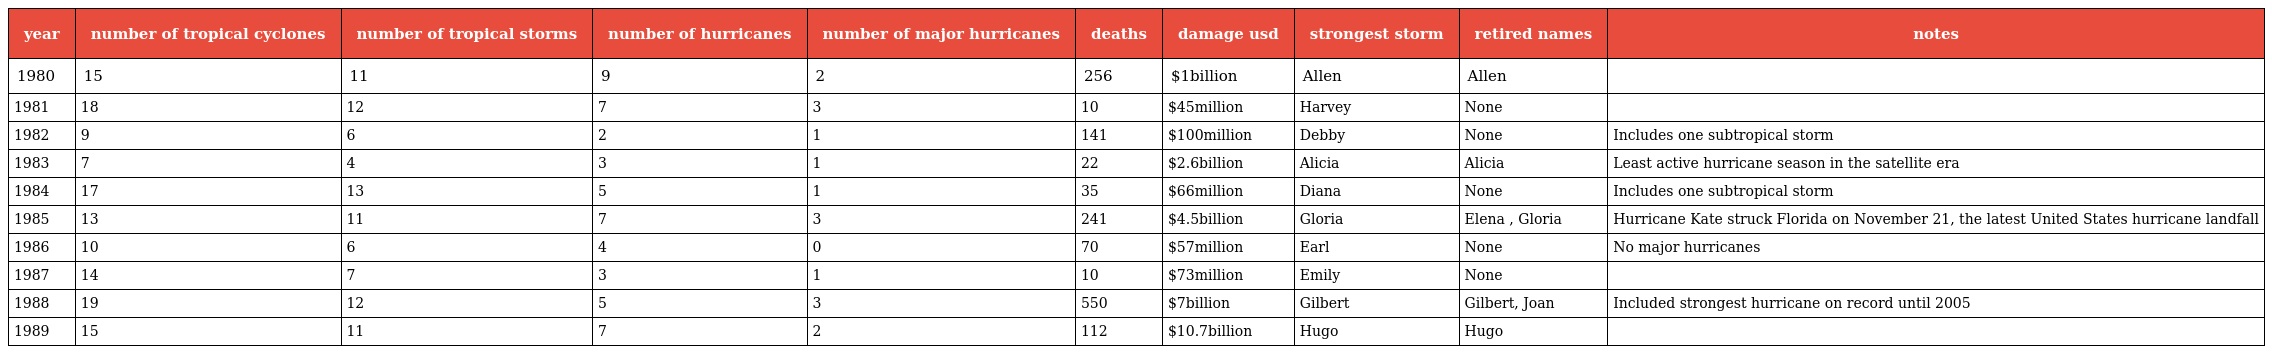
| year | number of tropical cyclones | number of tropical storms | number of hurricanes | number of major hurricanes | deaths | damage usd | strongest storm | retired names | notes |
 | --- | --- | --- | --- | --- | --- | --- | --- | --- | --- |
 | 1980 | 15 | 11 | 9 | 2 | 256 | $1billion | Allen | Allen |  |
 | 1981 | 18 | 12 | 7 | 3 | 10 | $45million | Harvey | None |  |
 | 1982 | 9 | 6 | 2 | 1 | 141 | $100million | Debby | None | Includes one subtropical storm |
 | 1983 | 7 | 4 | 3 | 1 | 22 | $2.6billion | Alicia | Alicia | Least active hurricane season in the satellite era |
 | 1984 | 17 | 13 | 5 | 1 | 35 | $66million | Diana | None | Includes one subtropical storm |
 | 1985 | 13 | 11 | 7 | 3 | 241 | $4.5billion | Gloria | Elena , Gloria | Hurricane Kate struck Florida on November 21, the latest United States hurricane landfall |
 | 1986 | 10 | 6 | 4 | 0 | 70 | $57million | Earl | None | No major hurricanes |
 | 1987 | 14 | 7 | 3 | 1 | 10 | $73million | Emily | None |  |
 | 1988 | 19 | 12 | 5 | 3 | 550 | $7billion | Gilbert | Gilbert, Joan | Included strongest hurricane on record until 2005 |
 | 1989 | 15 | 11 | 7 | 2 | 112 | $10.7billion | Hugo | Hugo |  |